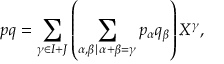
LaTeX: p q = \sum _ { \gamma \in I + J } \left( \sum _ { \alpha , \beta \mid \alpha + \beta = \gamma } p _ { \alpha } q _ { \beta } \right) X ^ { \gamma } ,